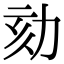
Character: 劾